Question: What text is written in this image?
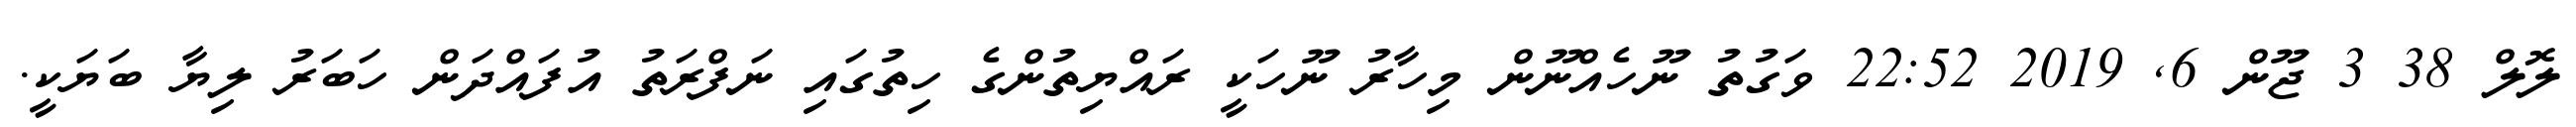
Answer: ލޮލް 38 3 ޖޫން 6, 2019 22:52 ވަގުތު ނޫހެއްނޫން މިހާރު ނޫހަކީ ރައްޔިތުންގެ ހިތުގައި ނަފްރަތު އުފައްދަން ހަބަރު ލިޔާ ބަޔަކީ.